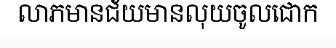
លាភមានជ័យមានលុយចូលជោក